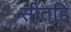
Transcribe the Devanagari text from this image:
सीतहि